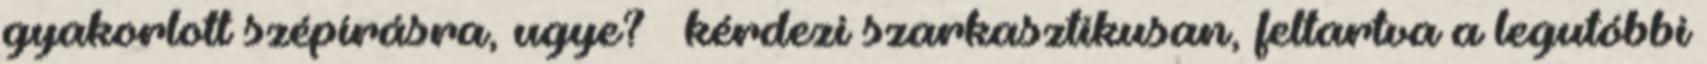
gyakorlott szépírásra, ugye? – kérdezi szarkasztikusan, feltartva a legutóbbi